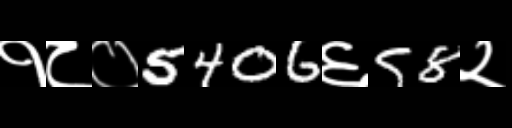
Text: १८०5406६58२